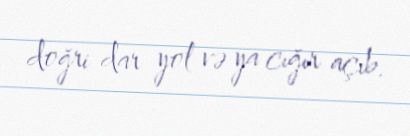
doğri dar yol və ya cığır açıb.